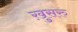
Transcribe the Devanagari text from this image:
ख़ुसरु